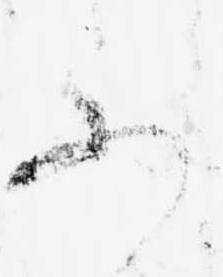
あ